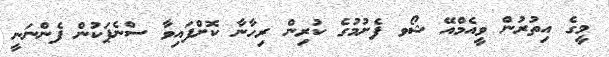
މީގެ އިތުރުން ވީއެމްއޭ ޝޯވ ފެށުމުގެ ކުރިން ރިހާނާ ކޮށްފައިވާ ސްނެޕަކުން ފެންނަނީ